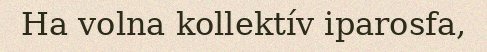
Ha volna kollektív iparosfa,